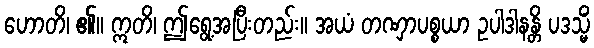
ဟောတိ၊ ၏။ ဣတိ၊ ဤရွေ့အပြီးတည်း။ အယံ တဏှာပစ္စယာ ဥပါဒါနန္တိ ပဒသ္မိံ